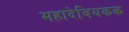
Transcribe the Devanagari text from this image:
महादेवियकक